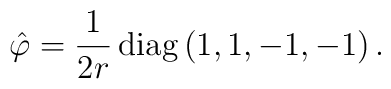
\hat \varphi = {1 \over 2r} \, {\rm diag}\, (1,1,-1,-1) \, .